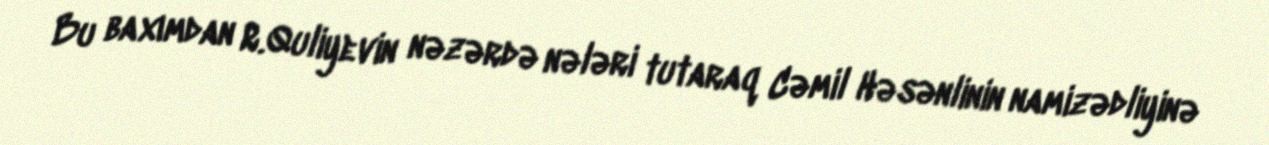
Bu baxımdan R.Quliyevin nəzərdə nələri tutaraq Cəmil Həsənlinin namizədliyinə